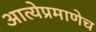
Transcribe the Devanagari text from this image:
आत्येप्रमाणेच